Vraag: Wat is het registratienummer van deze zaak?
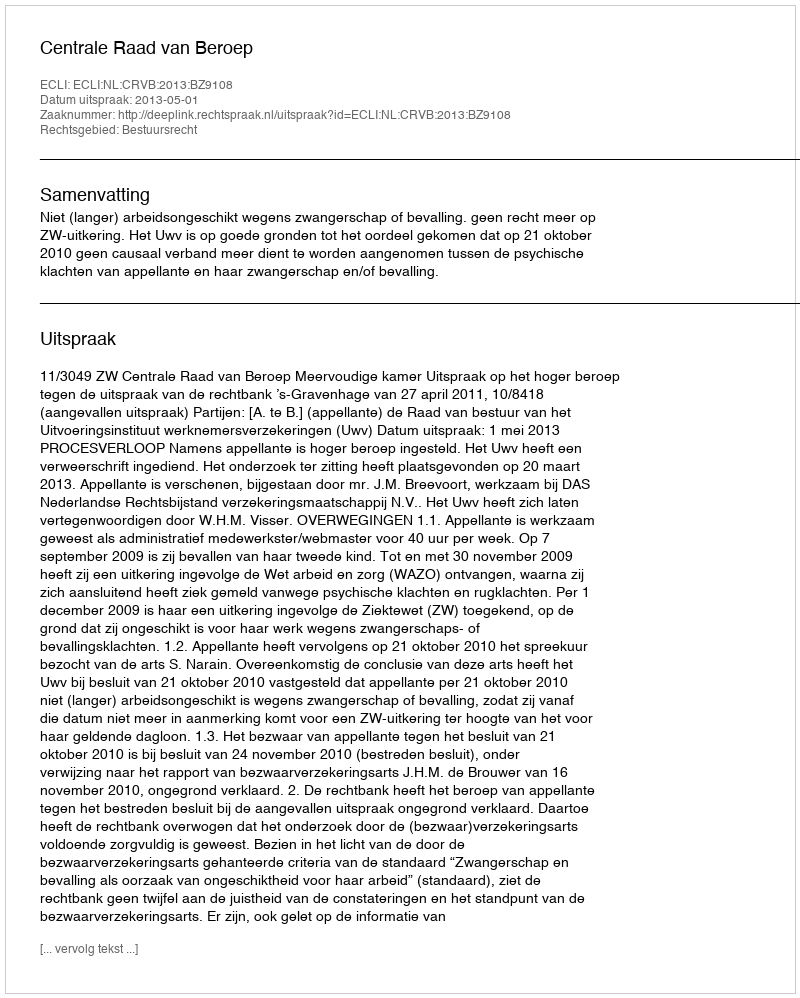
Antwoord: http://deeplink.rechtspraak.nl/uitspraak?id=ECLI:NL:CRVB:2013:BZ9108